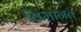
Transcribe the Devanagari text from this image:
विमानत